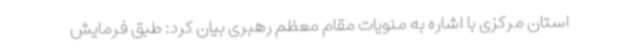
استان مرکزی با اشاره به منویات مقام معظم رهبری بیان کرد: طبق فرمایش